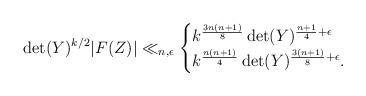
LaTeX: \begin{align*} \det(Y)^{k/2} |F(Z)| \ll_{n,\epsilon}\begin{cases} k^{\frac{3n(n+1)}{8}} \det(Y)^{\frac{n+1}{4}+\epsilon}\\ k^{\frac{n(n+1)}{4}} \det(Y)^{\frac{3(n+1)}{8}+\epsilon}.\end{cases}\end{align*}